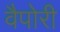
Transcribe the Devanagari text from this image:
वैपोरी